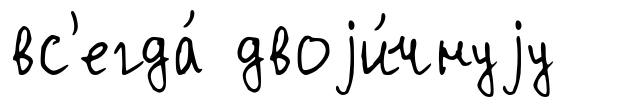
вс'егда́ двоjи́чнуjу